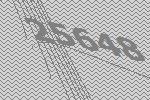
25648